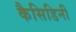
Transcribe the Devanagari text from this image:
कैसिडिनी